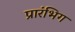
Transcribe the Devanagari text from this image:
प्रारंभिग